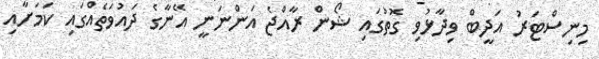
މިނިސްޓަރު އަދީބް ވިދާޅުވި ގޮތުގައި ޝޯން ރާއްޖެ އަންނަނީ އޭނާގެ ދައުވަތެއްގައި ކަމަށާއި